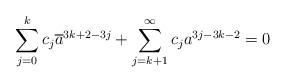
LaTeX: \begin{align*}\sum_{j=0}^{k}c_j\overline{a}^{3k+2-3j}+\sum_{j=k+1}^{\infty}c_ja^{3j-3k-2}=0\end{align*}